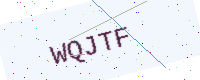
Text: WQJTF